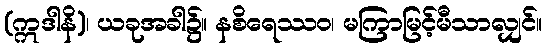
(ဣဒါနိ)၊ ယခုအခါ၌။ နစိရေဿဝ၊ မကြာမြင့်မီသာလျှင်။